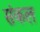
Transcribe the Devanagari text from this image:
संकल